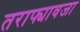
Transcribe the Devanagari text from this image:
तराफ्यावजा